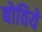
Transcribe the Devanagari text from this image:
बोविये